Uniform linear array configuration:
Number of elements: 8
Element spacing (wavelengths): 0.5
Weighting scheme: kaiser
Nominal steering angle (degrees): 0
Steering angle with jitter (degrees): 1.59
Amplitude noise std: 0.05
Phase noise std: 0.05

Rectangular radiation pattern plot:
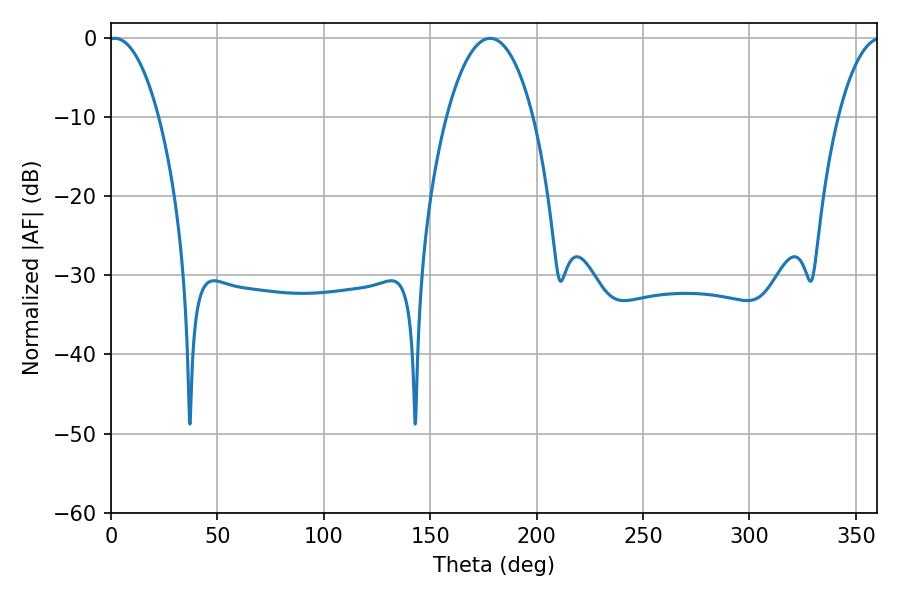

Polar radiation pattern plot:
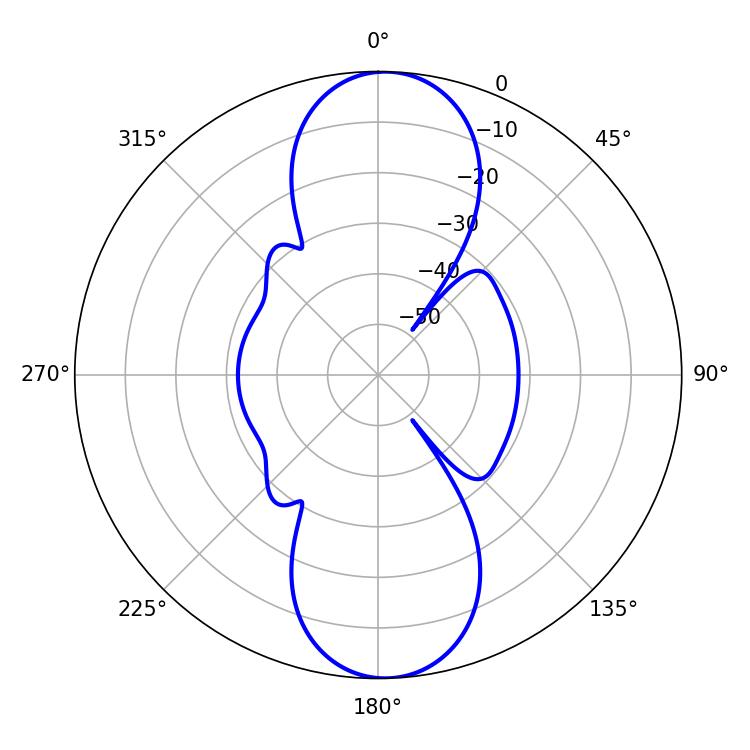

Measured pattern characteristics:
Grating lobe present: FALSE
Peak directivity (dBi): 18.503
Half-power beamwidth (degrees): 13.32
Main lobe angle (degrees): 1.8